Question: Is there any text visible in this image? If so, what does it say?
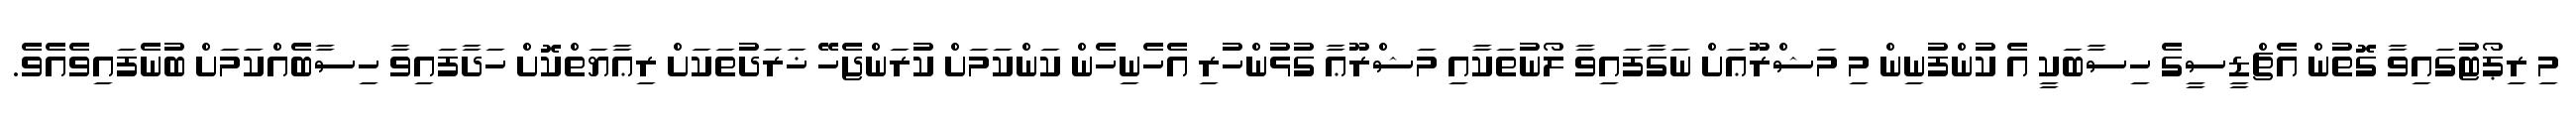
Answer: މި ރިޕޯޓުގައިވާ ގޮތުން އެޗްޑީސީގެ ހިސާބަކީ އެ ކުންފުނިން މި މަޝްރޫޢަށް ނަގާފައިވާ ލޯނުތަކާއި މަޝްރޫޢާ ގުޅުންހުރި އެހެނިހެން ކަންކަމަށް ކުރަންޖެހޭ ޚަރަދުތަކަށް ރިޢާޔަތްކޮށް ހަދާފައިވާ ހިސާބެއްކަމަށް ބުނެފައިވެއެވެ.